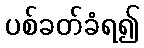
ပစ်ခတ်ခံရ၍